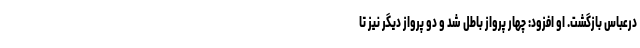
درعباس بازگشت. او افزود: چهار پرواز باطل شد و دو پرواز دیگر نیز تا